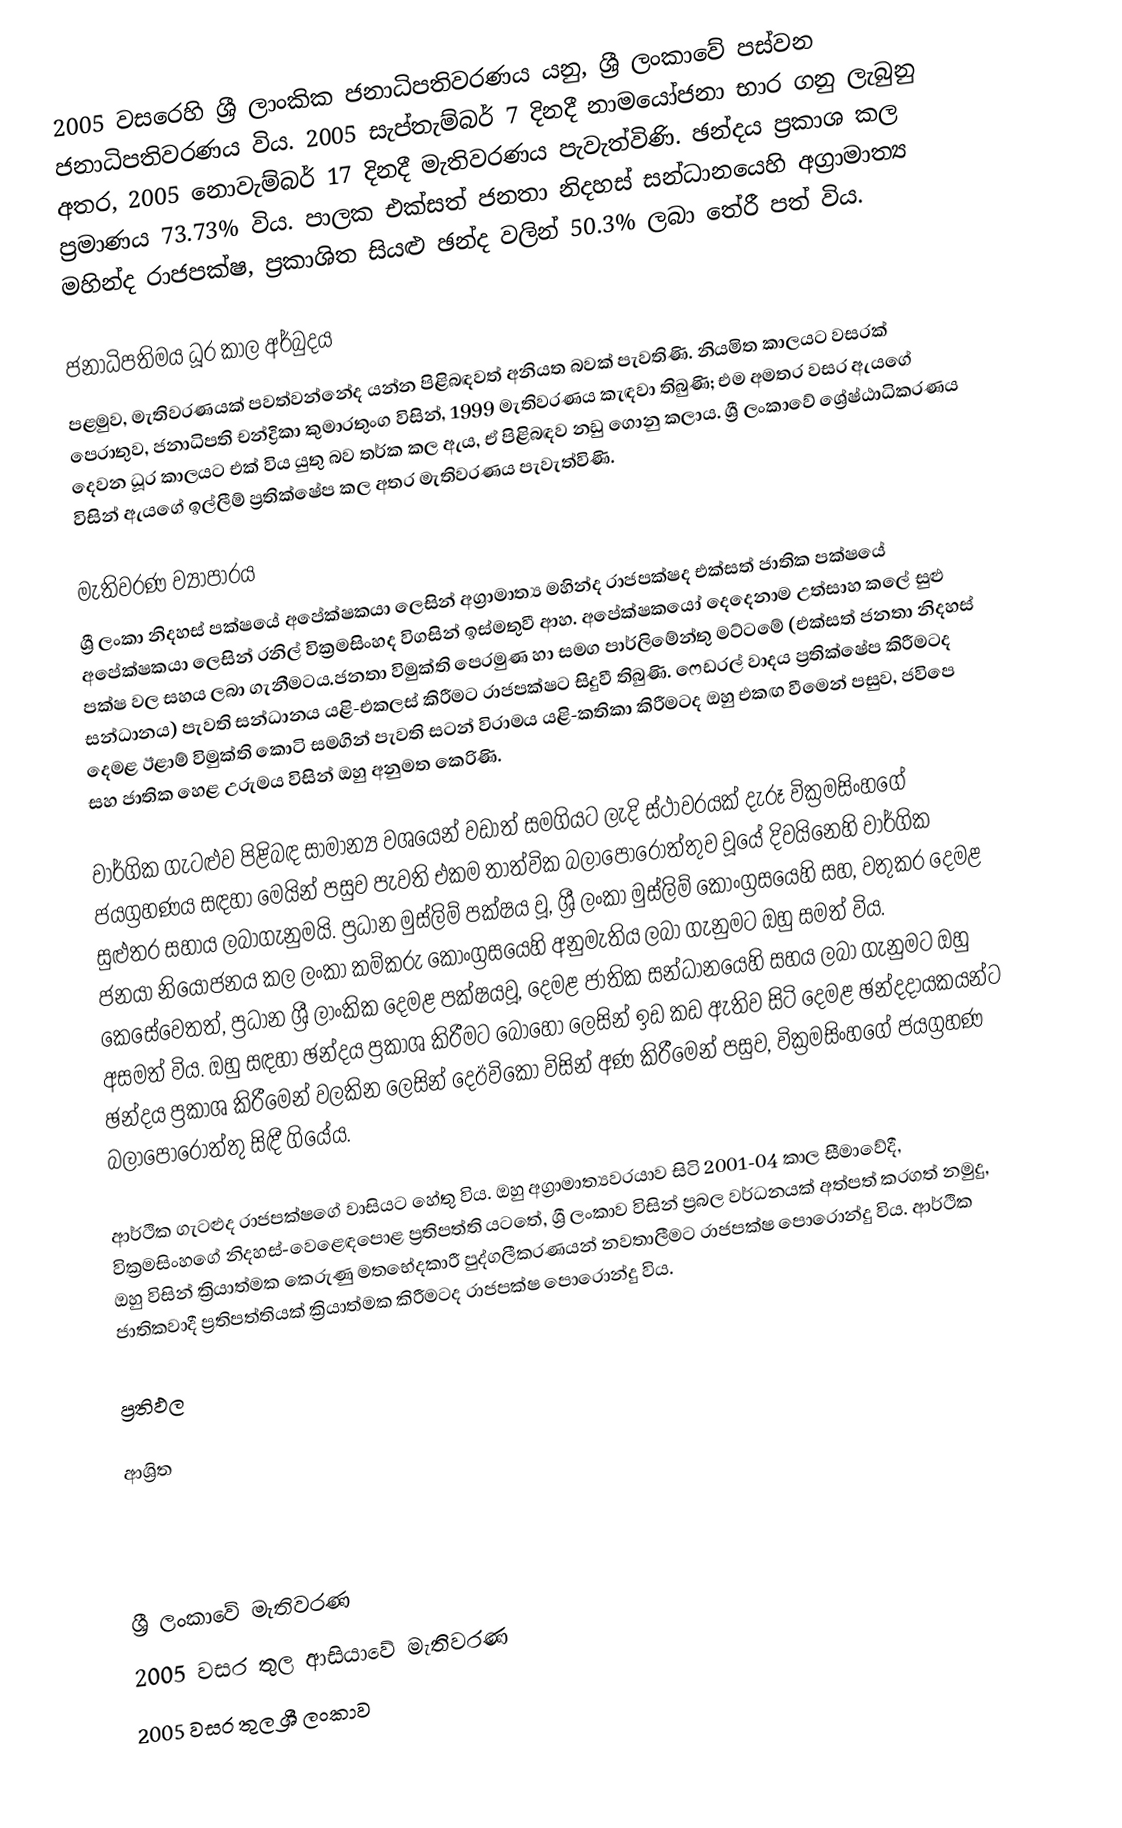
2005 වසරෙහි ශ්‍රී ලාංකික ජනාධිපතිවරණය යනු,  ශ්‍රී ලංකාවේ පස්වන ජනාධිපතිවරණය විය. 2005 සැප්තැම්බර් 7 දිනදී නාමයෝජනා භාර ගනු ලැබුනු අතර, 2005 නොවැම්බර් 17 දිනදී මැතිවරණය පැවැත්විණි. ඡන්දය ප්‍රකාශ කල ප්‍රමාණය 73.73% විය. පාලක එක්සත් ජනතා නිදහස් සන්ධානයෙහි අග්‍රාමාත්‍ය මහින්ද රාජපක්ෂ, ප්‍රකාශිත සියළු ඡන්ද වලින්  50.3% ලබා තේරී පත් විය.

ජනාධිපතිමය ධූර කාල අර්බුදය
පළමුව, මැතිවරණයක් පවත්වන්නේද යන්න පිළිබඳවත් අනියත බවක් පැවතිණි.  නියමිත කාලයට වසරක් පෙරාතුව, ජනාධිපති චන්ද්‍රිකා කුමාරතුංග විසින්,  1999 මැතිවරණය කැඳවා තිබුණි; එම අමතර වසර ඇයගේ දෙවන ධූර කාලයට එක් විය යුතු බව තර්ක කල ඇය, ඒ පිළිබඳව නඩු ගොනු කලාය.  ශ්‍රී ලංකාවේ ශ්‍රේෂ්ඨාධිකරණය විසින් ඇයගේ ඉල්ලීම් ප්‍රතික්ෂේප කල අතර මැතිවරණය පැවැත්විණි.

මැතිවරණ ව්‍යාපාරය
ශ්‍රී ලංකා නිදහස් පක්ෂයේ අපේක්ෂකයා ලෙසින් අග්‍රාමාත්‍ය මහින්ද රාජපක්ෂද   එක්සත් ජාතික පක්ෂයේ අපේක්ෂකයා ලෙසින් රනිල් වික්‍රමසිංහද විගසින් ඉස්මතුවී ආහ.  අපේක්ෂකයෝ දෙදෙනාම උත්සාහ කලේ සුළු පක්ෂ වල සහය ලබා ගැනීමටය.ජනතා විමුක්ති පෙරමුණ හා සමග පාර්ලිමේන්තු මට්ටමේ (එක්සත් ජනතා නිදහස් සන්ධානය) පැවති සන්ධානය යළි-එකලස් කිරීමට රාජපක්ෂට සිදුවී තිබුණි.  ෆෙඩරල් වාදය ප්‍රතික්ෂේප කිරීමටද දෙමළ ඊළාම් විමුක්ති කොටි සමගින් පැවති සටන් විරාමය යළි-කතිකා කිරීමටද ඔහු එකඟ වීමෙන් පසුව, ජවිපෙ සහ ජාතික හෙළ උරුමය විසින් ඔහු අනුමත කෙරිණි.

වාර්ගික ගැටළුව පිළිබඳ සාමාන්‍ය වශයෙන් වඩාත් සමගියට ලැදි ස්ථාවරයක් දැරූ වික්‍රමසිංහගේ ජයග්‍රහණය සඳහා මෙයින් පසුව පැවති එකම තාත්වික බලාපොරොත්තුව වූයේ දිවයිනෙහි වාර්ගික සුළුතර සහාය ලබාගැනුමයි.  ප්‍රධාන මුස්ලිම් පක්ෂය වූ,   ශ්‍රී ලංකා මුස්ලිම් කොංග්‍රසයෙහි සහ, වතුකර දෙමළ ජනයා නියෝජනය කල ලංකා කම්කරු කොංග්‍රසයෙහි අනුමැතිය ලබා ගැනුමට ඔහු සමත් විය.  කෙසේවෙතත්, ප්‍රධාන ශ්‍රී ලාංකික දෙමළ පක්ෂයවූ, දෙමළ ජාතික සන්ධානයෙහි සහය ලබා ගැනුමට ඔහු අසමත් විය.  ඔහු  සඳහා ඡන්දය ප්‍රකාශ කිරීමට බොහෝ ලෙසින් ඉඩ කඩ ඇතිව සිටි දෙමළ ඡන්දදායකයන්ට ඡන්දය ප්‍රකාශ කිරීමෙන් වලකින ලෙසින් දෙඊවිකො විසින් අණ කිරීමෙන් පසුව, වික්‍රමසිංහගේ ජයග්‍රහණ බලාපොරොත්තු සිඳී ගියේය.

ආර්ථික ගැටළුද රාජපක්ෂගේ වාසියට හේතු විය.  ඔහු අග්‍රාමාත්‍යවරයාව සිටි 2001-04 කාල සීමාවේදී,  වික්‍රමසිංහගේ නිදහස්-වෙළෙඳපොළ ප්‍රතිපත්ති යටතේ, ශ්‍රී ලංකාව විසින් ප්‍රබල වර්ධනයක් අත්පත් කරගත් නමුදු, ඔහු විසින් ක්‍රියාත්මක කෙරුණු මතභේදකාරී   පුද්ගලීකරණයන් නවතාලීමට රාජපක්ෂ පොරොන්දු විය. ආර්ථික ජාතිකවාදී ප්‍රතිපත්තියක් ක්‍රියාත්මක කිරීමටද රාජපක්ෂ පොරොන්දු විය.

ප්‍රතිඵල

ආශ්‍රිත

ශ්‍රී ලංකාවේ මැතිවරණ
2005 වසර තුල ආසියාවේ මැතිවරණ
2005 වසර තුල ශ්‍රී ලංකාව